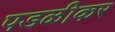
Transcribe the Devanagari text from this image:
पडळीकर